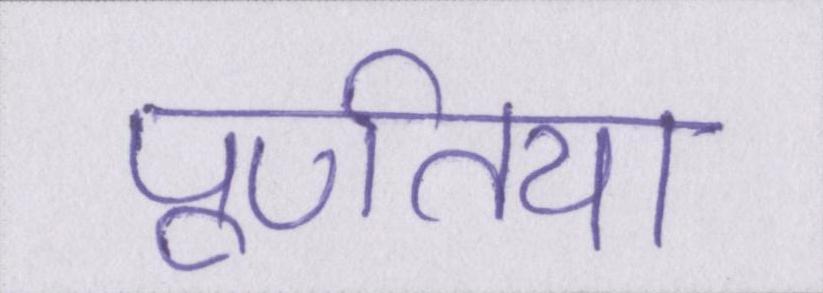
पूर्णतया